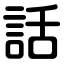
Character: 話